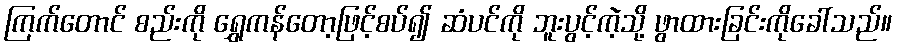
ကြက်တောင် စည်းကို ရွှေကန်တော့ဖြင့်စပ်၍ ဆံပင်ကို ဘူးပွင့်ကဲ့သို့ ဖွာထားခြင်းကိုခေါ်သည်။